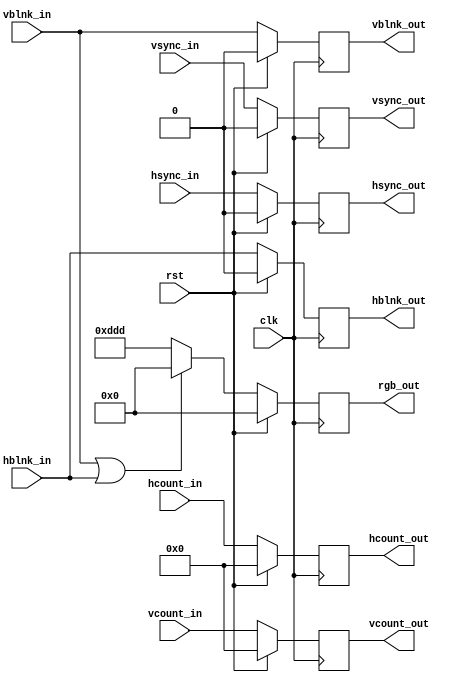
module draw_start_background (
  input wire [10:0] vcount_in,
  input wire vsync_in,
  input wire vblnk_in,
  input wire [10:0] hcount_in,
  input wire hsync_in,
  input wire hblnk_in,
  input wire clk,
  input wire rst,
  
  output reg [10:0] vcount_out,
  output reg vsync_out,
  output reg vblnk_out,
  output reg [10:0] hcount_out,
  output reg hsync_out,
  output reg hblnk_out,
  output reg [11:0] rgb_out
  );
  localparam X_START=1,Y_START=1;
  
  reg [11:0] rgb_out_nxt;
       
  always @(posedge clk)
    begin
        if(rst)begin
            vcount_out <= 0;
            hcount_out <= 0;
                
            vsync_out <= 0;
            vblnk_out <= 0;
            hsync_out <= 0;
            hblnk_out <= 0;
                
            rgb_out <= 0;
        end
        else begin
            vcount_out <= vcount_in;
            hcount_out <= hcount_in;
                
            vsync_out <= vsync_in;
            vblnk_out <= vblnk_in;                
            hsync_out <= hsync_in;
            hblnk_out <= hblnk_in;
                
            rgb_out <= rgb_out_nxt;
         end
    end
    
    always @*
        begin
            // During blanking, make it it black.
            if (vblnk_in || hblnk_in) rgb_out_nxt <= 12'h0_0_0; 
 
              
            else rgb_out_nxt <= 12'hd_d_d;
        end     
endmodule